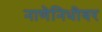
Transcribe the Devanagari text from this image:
नाणेनिधीवर